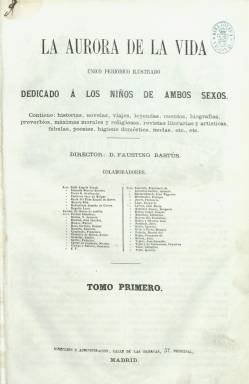
Título: La Aurora de la vida
Colección: Revistas infantiles
Ámbito geográfico: Madrid
Lugar de publicación: Madrid
Fechas: 10/11/1860-31/12/1861

Periódico ilustrado dedicado a la educación e instrucción de los niños de ambos sexos, de carácter pedagógico, literario y artístico, dirigido también a profesores, tutores o padres, pero especialmente, a las madres. Con el lema “instruir deleitando”, empieza a publicarse el diez de noviembre de 1860. Contiene artículos de divulgación (historia, geografía, biografía, moral social, higiene o modas) y de creación literaria, con episodios y leyendas históricas, así como cuentos, novelas y otras narraciones (viajes y fábulas); pensamientos, acertijos, proverbios, máximas y consejos morales y religiosos, además de composiciones poéticas. Su cabecera va incluida en un bello grabado, e inserta una variedad de ellos entre el texto, con vistas de ciudades, monumentos, edificios singulares, escenas, personajes históricos, naturaleza o animales. Su primer director fue Faustino Bastús, que es autor también de muchos de sus textos y de lo “no firmado”, y contará con un destacado y amplio cuadro de colaboradoras y colaboradores literarios.

De las primeras cabe citar, entre otras, a Robustiana Armiño de Cuesta (1821-1890), Ángela Grassi (1823-1883), Antonia Díaz de Lamarque (1827-1892), María de Pilar Sinués de Marco (1835-1893), Faustina Sáez de Melgar (1834-1895), autora de una serie de artículos sobre La literatura en la mujer, o Joaquina García Balmaseda (1837-1911), que firma Memorias de una niña. Entre sus colaboradores aparecen Emilio Castelar, Juan Eugenio Hartzenbusch, José Sánchez Biedma, Manuel Ovillo y Otero, Gaspar Bono Serrano, Casimiro Clavijo y Estacio, Cayetano Vidal y de Valenciano, Eduardo Bustillo, Gregorio Lago, Fernando de Rojas, Federico de Castro, Francisco de Espínola, José María de Larrea, Enrique Hernández, Juan Cuesta o Antonio Arnao, entre otros. Y entre las firmas de los grabados aparecen los nombres de Manuel Lázaro Burgos, Francisco Ortego y Vereda, Joaquín Sierra y Ponzano o Eusebio Zarza. Su primer editor responsable fue Ramón Vicente y después lo será Marcelino Martínez.

Comienza apareciendo los días 10, 20 y 30 de cada mes, con formato folio, y su primer tomo integra 21 entregas de dieciséis páginas cada una, compuestas a dos columnas y estampadas, primero, en la imprenta de A. Vicente, y, después, en la del Colegio de Sordo-Mudos y de Ciegos, que suman un total de 332 páginas. A partir del ocho de junio de 1861 (número 22) inicia una “segunda época”, que forma un segundo tomo, ahora como semanario “pintoresco” y reduciendo a doce páginas sus entregas, teniendo como objeto “proporcionar a los niños de ambos sexos una educación sólida, católica, amena” y poder brindar a las madres “útiles consejos de que puedan aprovecharse en bien de sus hijos”. A partir de aquí su director y editor propietario será Pedro José de la Peña, quien, además de haber sido redactor de Semanario pintoresco español (1836-1857), había dirigido Educación pintoresca (1857-1859) y era propietario también de Álbum de señoritas, El Correo de la moda (1853-1864). Como editor responsable aparecerá indicado León Morán y la revista será estampada ahora en la Imprenta de Miguel Campo-Redondo.

El número 49, correspondiente al 31 de diciembre de 1861, es el último de este tomo y, también de la colección de la Biblioteca Nacional de España, que suma otras 332 páginas. A partir de aquí su propietario y director anuncia la continuación de la revista, modificando el formato y reduciendo las entregas a ocho páginas y el cuerpo de lectura, en las que dedicará más atención a las cuestiones femeninas, con un sección de Labores, con sus correspondientes grabados.